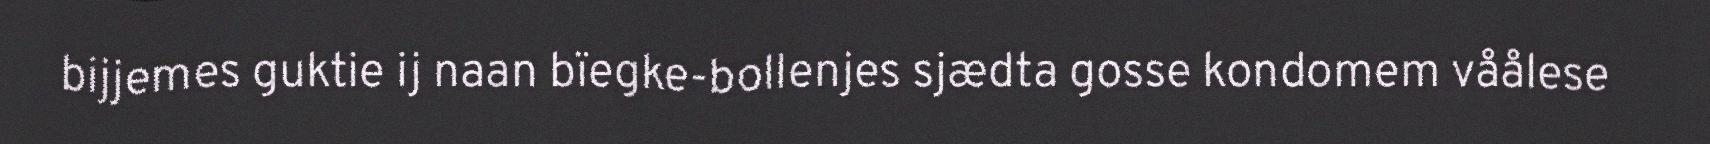
bijjemes guktie ij naan bïegke-bollenjes sjædta gosse kondomem våålese